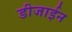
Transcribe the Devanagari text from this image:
डीजाईन